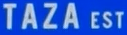
TAZA EST